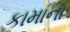
કામાના